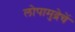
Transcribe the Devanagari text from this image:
लोपामुद्रेचें